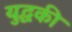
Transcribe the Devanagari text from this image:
युद्धकी